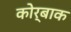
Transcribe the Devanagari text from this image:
कोर्बाक